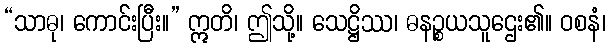
“သာဓု၊ ကောင်းပြီး။” ဣတိ၊ ဤသို့။ သေဋ္ဌိဿ၊ ဓနဉ္စယသူဌေး၏။ ဝစနံ၊